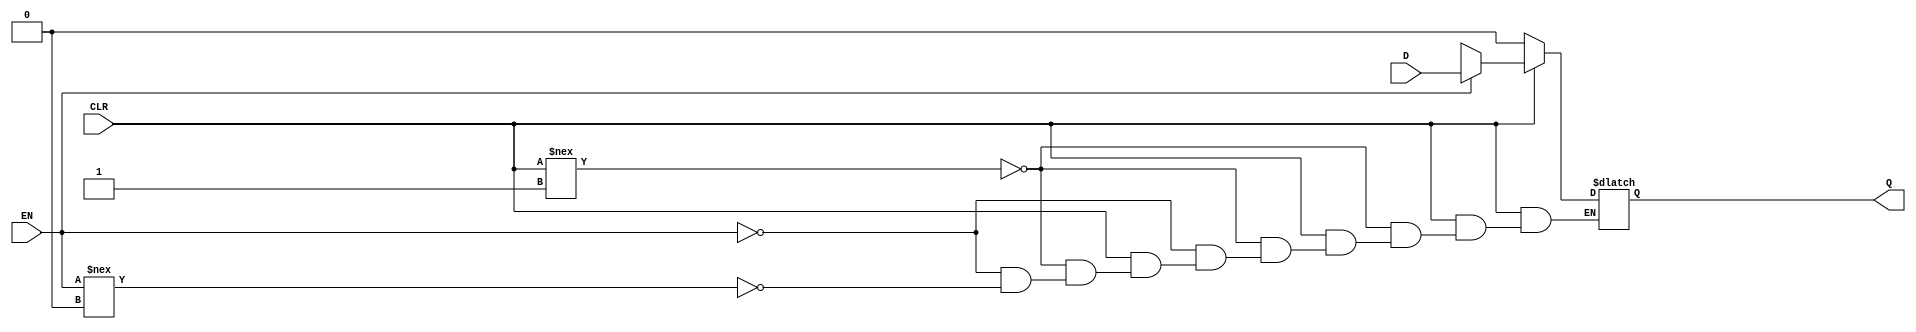
module stdlatch_c(CLR,D,EN,Q);
  parameter
        d_CLR_r = 0,
        d_CLR_f = 0,
        d_D_r = 0,
        d_D_f = 0,
        d_EN_r = 0,
        d_EN_f = 0,
        d_Q_r = 1,
        d_Q_f = 1;
  input  CLR;
  input  D;
  input  EN;
  output  Q;
  wire  CLR_temp;
  wire  D_temp;
  wire  EN_temp;
  reg  Q_temp;
  assign #(d_CLR_r,d_CLR_f) CLR_temp = CLR|CLR;
  assign #(d_D_r,d_D_f) D_temp = D|D;
  assign #(d_EN_r,d_EN_f) EN_temp = EN|EN;
  assign #(d_Q_r,d_Q_f) Q = Q_temp;
  always
    @(CLR_temp or EN_temp or D_temp)
      begin
      if((CLR_temp == 1'b0))
        Q_temp = 1'b0;
      else      if((CLR_temp !== 1'b1))
        Q_temp = 1'bx;
      else      if((EN_temp == 1'b1))
        Q_temp = D_temp;
      else      if((EN_temp !== 1'b0))
        Q_temp = 1'bx;
      end
  specify
    specparam
      t_hold_D = 0,
      t_setup_D = 0;
    $hold(negedge EN , D , t_hold_D);
    $setup(D , negedge EN , t_setup_D);
  endspecify
endmodule